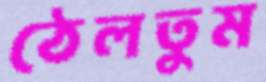
ঠেলতুম